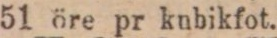
51 öre pr knbikfot.